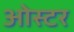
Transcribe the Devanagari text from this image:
ओस्टर